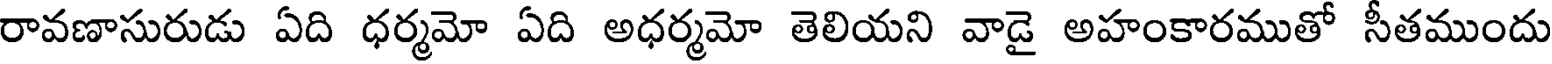
రావణాసురుడు ఏది ధర్మమో ఏది అధర్మమో తెలియని వాడై అహంకారముతో సీతముందు